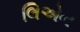
લિએન